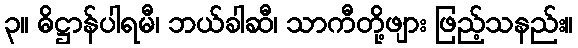
၃။ ဓိဋ္ဌာန်ပါရမီ၊ ဘယ်ခါဆီ၊ သာကီတို့ဖျား ဖြည့်သနည်း။